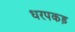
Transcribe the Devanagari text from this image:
धरपकड़